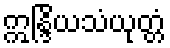
ဣန္ဒြိယသံယုတ္တံ